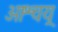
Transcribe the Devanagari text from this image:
आश्चय्र